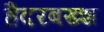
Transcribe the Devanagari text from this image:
हैदरबख्श